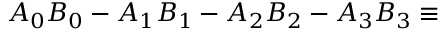
A _ { 0 } B _ { 0 } - A _ { 1 } B _ { 1 } - A _ { 2 } B _ { 2 } - A _ { 3 } B _ { 3 } \equiv